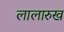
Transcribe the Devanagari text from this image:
लालारुख